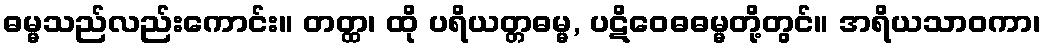
ဓမ္မသည်လည်းကောင်း။ တတ္ထ၊ ထို ပရိယတ္တဓမ္မ, ပဋိဝေဓဓမ္မတို့တွင်။ အရိယသာဝကာ၊